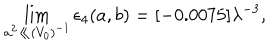
LaTeX: \lim _ { a ^ { 2 } \ll ( V _ { 0 } ) ^ { - 1 } } \epsilon _ { 4 } ( a , b ) = [ - 0 . 0 0 7 5 ] \lambda ^ { - 3 } ,